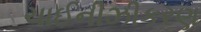
ચાઈનીઝીકરણ